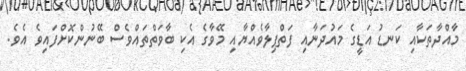
މާއްދާތަކާއި ކަނޑު އަޑީގެ މައުދަނާއި ފަތްޕިލާވެއްޔާއި މޭވާގެ އެކި ބާވަތްތައްވެސް ބޭނުންކޮށްފައިވެ އެވެ.